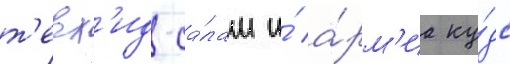
т'евх'ид-са́лам и́ а́рм'иа ку́дс